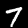
Label: 7